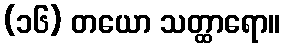
(၁၆) တယော သတ္ထာရော။